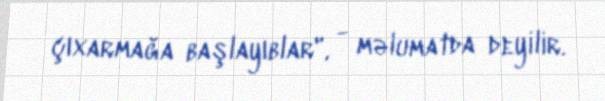
çıxarmağa başlayıblar", - məlumatda deyilir.